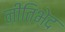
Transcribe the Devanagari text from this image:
नीतिभेद